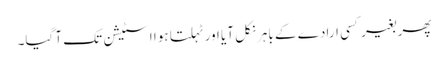
پھر بغیر کسی ارادے کے باہر نکل آیا اور ٹہلتا ہوا اسٹیشن تک آ گیا۔